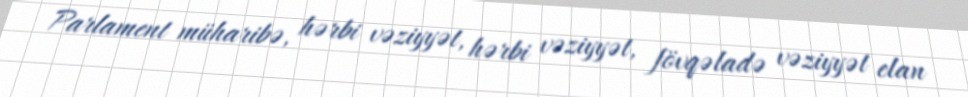
Parlament müharibə, hərbi vəziyyət, hərbi vəziyyət, fövqəladə vəziyyət elan